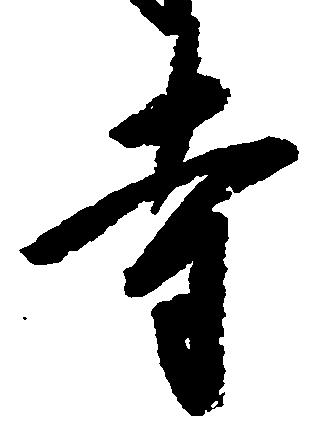
寺